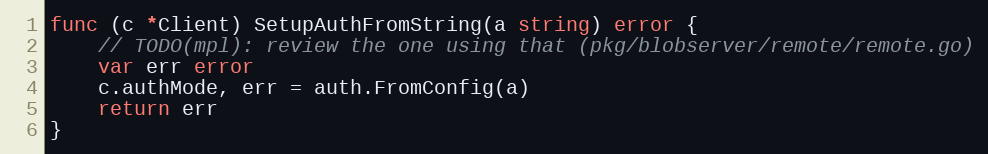
Language: Go
func (c *Client) SetupAuthFromString(a string) error {
	// TODO(mpl): review the one using that (pkg/blobserver/remote/remote.go)
	var err error
	c.authMode, err = auth.FromConfig(a)
	return err
}